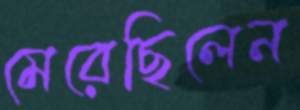
মেরেছিলেন